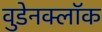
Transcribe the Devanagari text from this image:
वुडेनक्लॉक